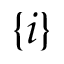
\{ i \}